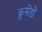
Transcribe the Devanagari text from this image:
क्रुसेंडों